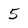
Character: 5